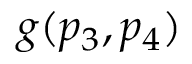
g ( p _ { 3 } , p _ { 4 } )